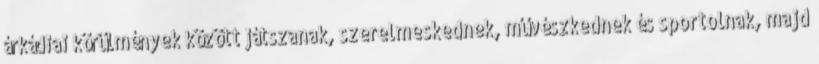
árkádiai körülmények között játszanak, szerelmeskednek, művészkednek és sportolnak, majd